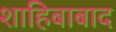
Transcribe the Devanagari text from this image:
शाहिबाबाद